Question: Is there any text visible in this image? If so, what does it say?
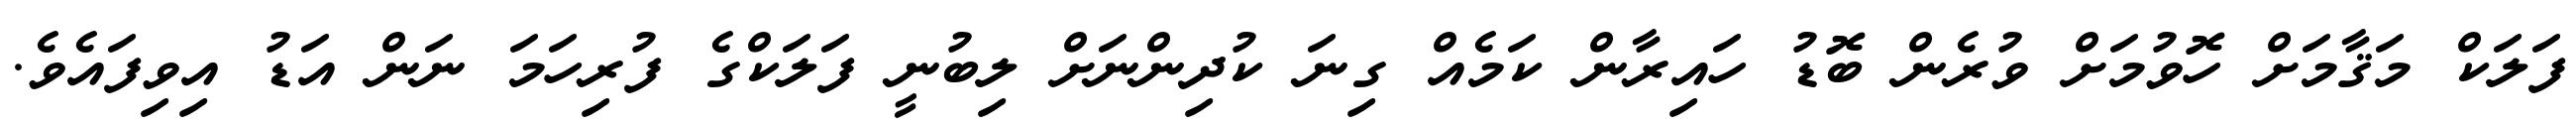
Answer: ފަލަކް މަޤާމަށް ހޮވުމަށް ވުރެން ބޮޑު ހައިރާން ކަމެއް ގިނަ ކުދިންނަށް ލިބުނީ ފަލަކްގެ ފުރިހަމަ ނަން އަޑު އިވިފައެވެ.